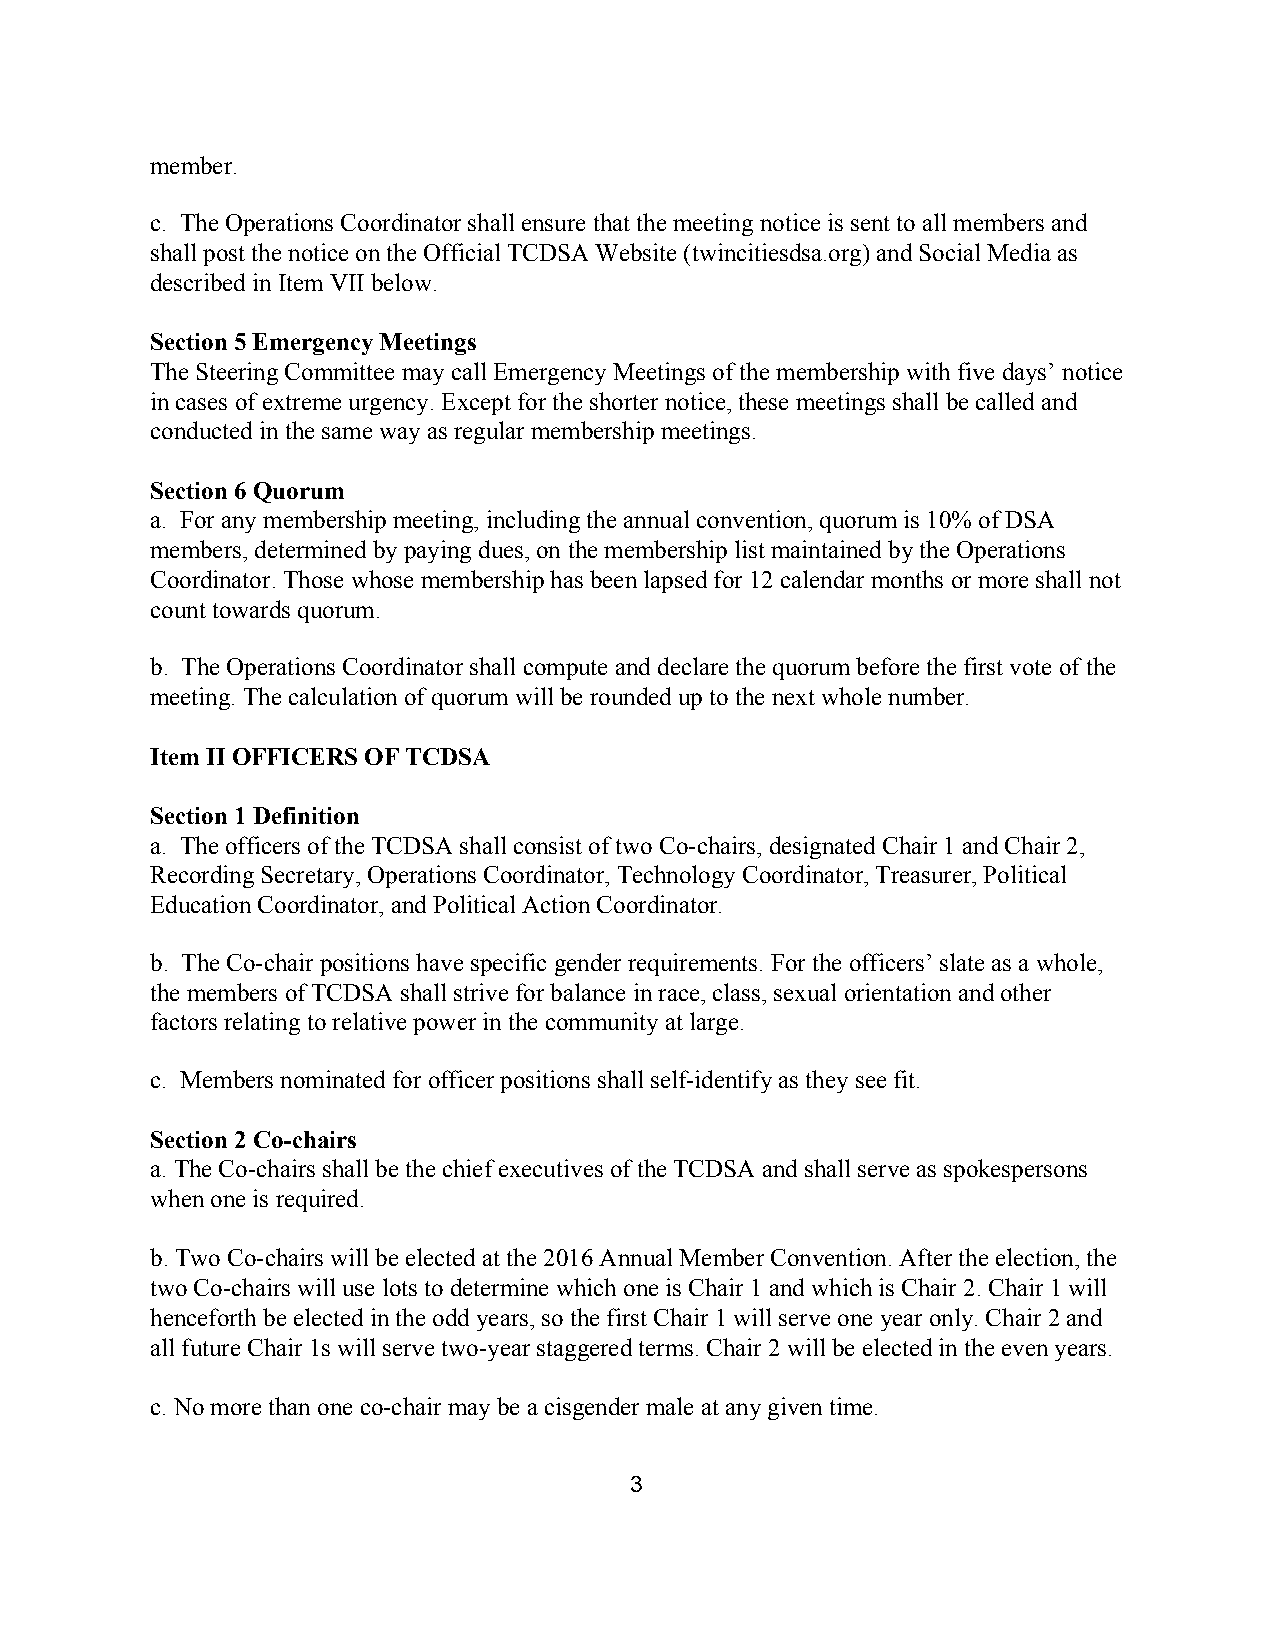
member.
 c. The Operations Coordinator shall ensure that the meeting notice is sent to all members and
 ​
 shall post the notice on the Official TCDSA Website (twincitiesdsa.org) and Social Media as
 described in Item VII below.
 Section 5 Emergency Meetings
 The Steering Committee may call Emergency Meetings of the membership with five days’ notice
 in cases of extreme urgency. Except for the shorter notice, these meetings shall be called and
 conducted in the same way as regular membership meetings.
 Section 6 Quorum
 a. For any membership meeting, including the annual convention, quorum is 10% of DSA
 members, determined by paying dues, on the membership list maintained by the Operations
 Coordinator. Those whose membership has been lapsed for 12 calendar months or more shall not
 count towards quorum.
 b. The Operations Coordinator shall compute and declare the quorum before the first vote of the
 meeting. The calculation of quorum will be rounded up to the next whole number.
 Item II OFFICERS OF TCDSA
 Section 1 Definition
 a. The officers of the TCDSA shall consist of two Co-chairs, designated Chair 1 and Chair 2,
 Recording Secretary, Operations Coordinator, Technology Coordinator, Treasurer, Political
 ​               ​
 Education Coordinator, and Political Action Coordinator.
 b. The Co-chair positions have specific gender requirements. For the officers’ slate as a whole,
 the members of TCDSA shall strive for balance in race, class, sexual orientation and other
 factors relating to relative power in the community at large.
 c. Members nominated for officer positions shall self-identify as they see fit.
 Section 2 Co-chairs
 a. The Co-chairs shall be the chief executives of the TCDSA and shall serve as spokespersons
 when one is required.
 b. Two Co-chairs will be elected at the 2016 Annual Member Convention. After the election, the
 two Co-chairs will use lots to determine which one is Chair 1 and which is Chair 2. Chair 1 will
 henceforth be elected in the odd years, so the first Chair 1 will serve one year only. Chair 2 and
 all future Chair 1s will serve two-year staggered terms. Chair 2 will be elected in the even years.
 c. No more than one co-chair may be a cisgender male at any given time.
 3